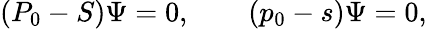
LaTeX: (P_{0}-S)\Psi=0,\qquad(p_{0}-s)\Psi=0,